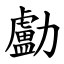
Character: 㔧